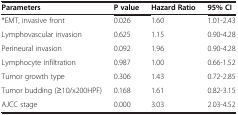
| Parameters | P value | Hazard Ratio | 95% CI |
 | --- | --- | --- | --- |
 | *EMT, invasive front | 0.026 | 1.60 | 1.01-2.43 |
 | Lymphovascular invasion | 0.625 | 1.15 | 0.90-4.28 |
 | Perineural invasion | 0.092 | 1.96 | 0.90-4.28 |
 | Lymphocyte infiltration | 0.987 | 1.00 | 0.66-1.52 |
 | Tumor growth type | 0.306 | 1.43 | 0.72-2.85 |
 | Tumor budding (≥10/x200HPF) | 0.168 | 1.61 | 0.82-3.15 |
 | AJCC stage | 0.000 | 3.03 | 2.03-4.52 |